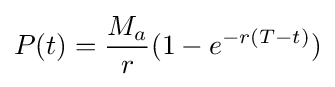
P(t)={\frac {M_{a}}{r}}(1-e^{-r(T-t)})